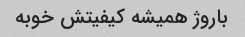
باروژ همیشه کیفیتش خوبه